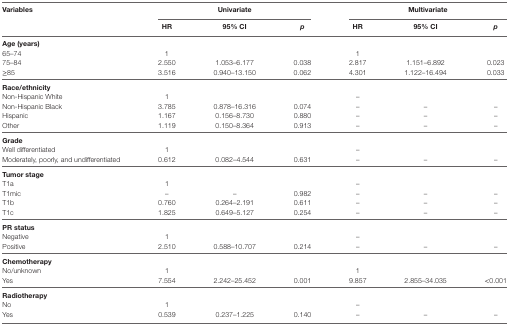
| <ROWSPAN=2> Variables | <COLSPAN=3> Univariate | <COLSPAN=3> Multivariate |
 | HR | 95% CI | p | HR | 95% CI | p |
 | --- | --- | --- | --- | --- | --- | --- |
 | <COLSPAN=7> Age (years) |
 | 65–74 | 1 |  |  | 1 |  |  |
 | 75–84 | 2.550 | 1.053–6.177 | 0.038 | 2.817 | 1.151–6.892 | 0.023 |
 | ≥85 | 3.516 | 0.940–13.150 | 0.062 | 4.301 | 1.122–16.494 | 0.033 |
 | <COLSPAN=7> Race/ethnicity |
 | Non-Hispanic White | 1 |  |  | – |  |  |
 | Non-Hispanic Black | 3.785 | 0.878–16.316 | 0.074 | – | – | – |
 | Hispanic | 1.167 | 0.156–8.730 | 0.880 | – | – | – |
 | Other | 1.119 | 0.150–8.364 | 0.913 | – | – | – |
 | <COLSPAN=7> Grade |
 | Well differentiated | 1 |  |  | – |  |  |
 | Moderately, poorly, and undifferentiated | 0.612 | 0.082–4.544 | 0.631 | – | – | – |
 | <COLSPAN=7> Tumor stage |
 | T1a | 1 |  |  | – |  |  |
 | T1mic | – | – | 0.982 | – | – | – |
 | T1b | 0.760 | 0.264–2.191 | 0.611 | – | – | – |
 | T1c | 1.825 | 0.649–5.127 | 0.254 | – | – | – |
 | <COLSPAN=7> PR status |
 | Negative | 1 |  |  | – |  |  |
 | Positive | 2.510 | 0.588–10.707 | 0.214 | – | – | – |
 | <COLSPAN=7> Chemotherapy |
 | No/unknown | 1 |  |  | 1 |  |  |
 | Yes | 7.554 | 2.242–25.452 | 0.001 | 9.857 | 2.855–34.035 | <0.001 |
 | <COLSPAN=7> Radiotherapy |
 | No | 1 |  |  | – |  |  |
 | Yes | 0.539 | 0.237–1.225 | 0.140 | – | – | – |